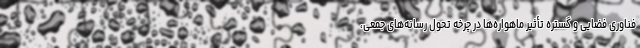
فناوری فضایی و گستره تأثیر ماهواره‌ها در چرخه تحول رسانه‌های جمعی،